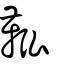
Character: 鞃